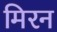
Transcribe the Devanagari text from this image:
मिरन